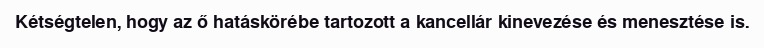
Kétségtelen, hogy az ő hatáskörébe tartozott a kancellár kinevezése és menesztése is.